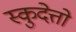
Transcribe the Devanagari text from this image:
स्कुदेत्तो